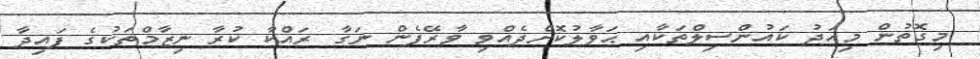
މިގޮތުން މިއަދު ކައުންސިލްތަކާއި ޙަވާލުކޮށްދެއްވި ވާރޭފެން ނަގާ ރައްކާ ކުރާ ނިޒާމްތަކުގެ ފައިދާ